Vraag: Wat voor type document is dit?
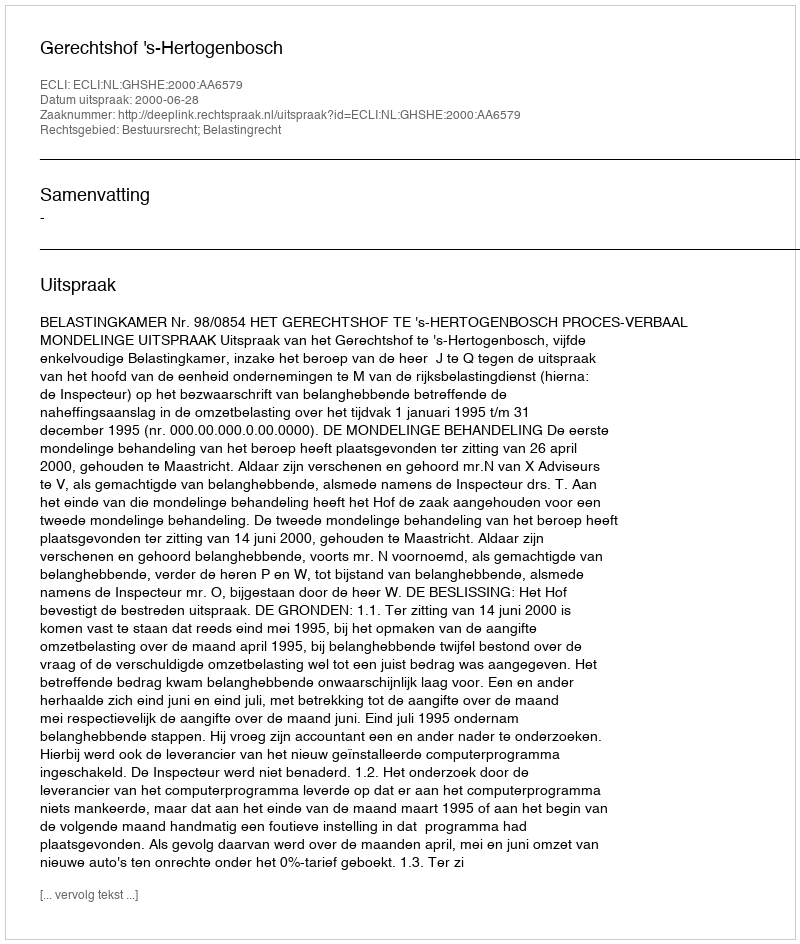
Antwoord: Uitspraak